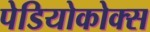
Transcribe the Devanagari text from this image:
पेडियोकोक्स